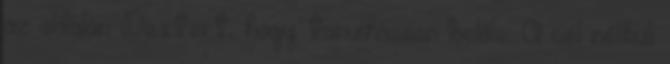
az oldalán Dextert, hogy tanulhasson belőle. A cél nélküli